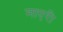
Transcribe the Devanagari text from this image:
माएरी